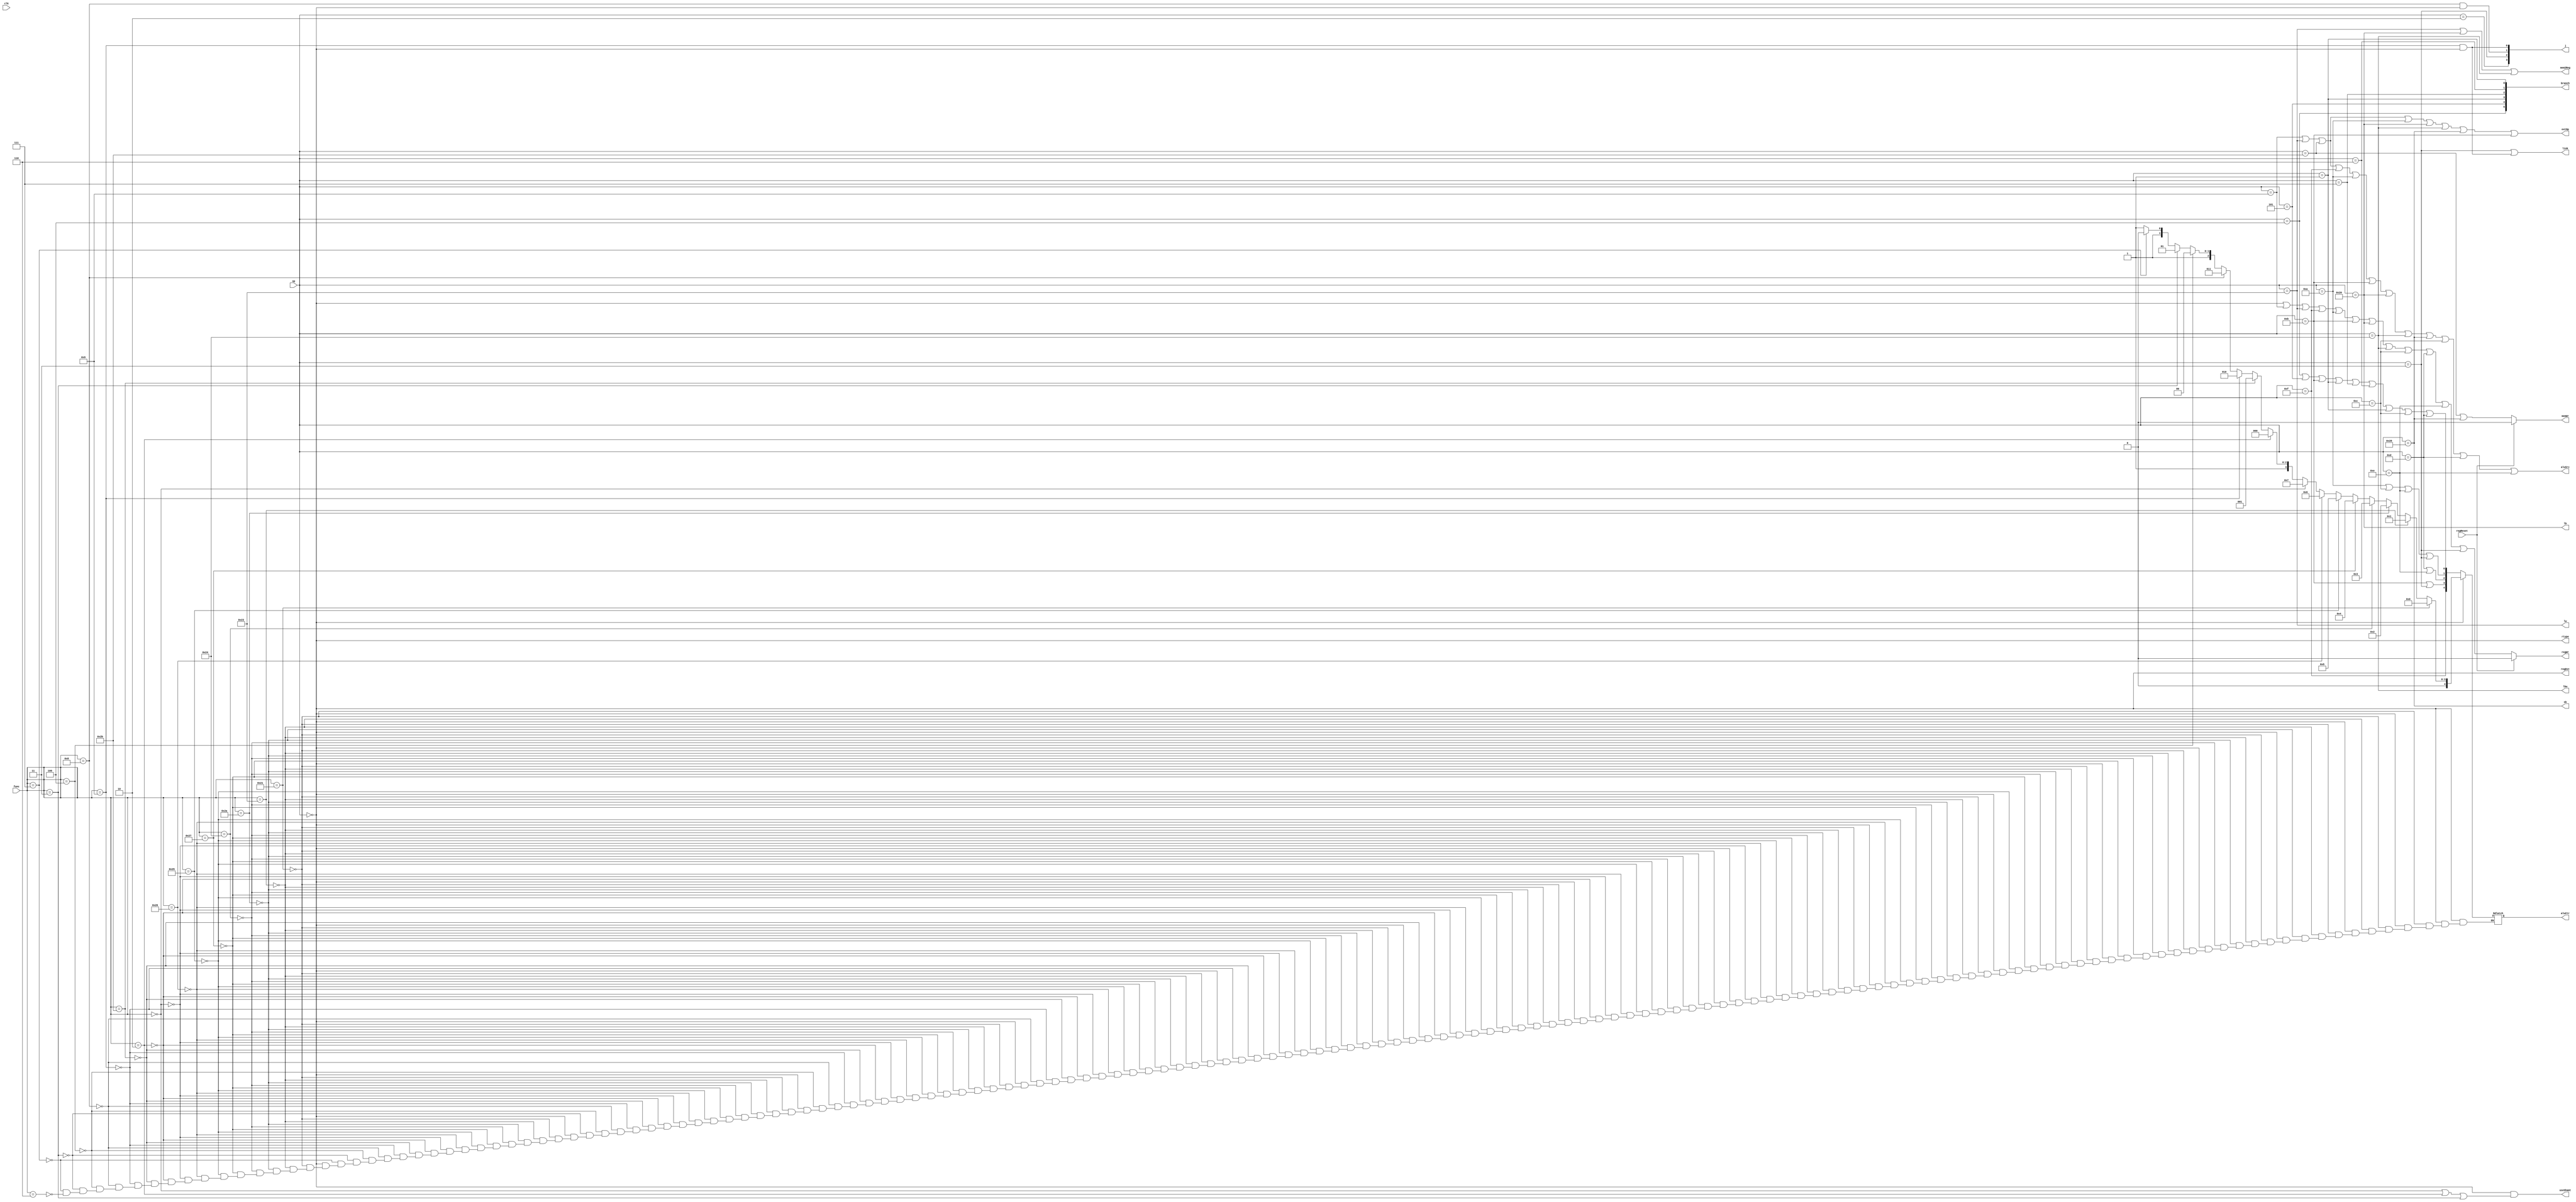
`timescale 1ns / 1ns

module Ctrl_320(
input [5:0] op,
input [5:0] func,
input clk,
input regReset,//if
output [5:0] branch,
output [3:0] j,
output link,//jlink
output lw,
output lb,
output lbu,
output sb,
output useShamt,
output regDst,
output mem2Reg,
output regWr,
output memWr,
output extOp,
output rtype,
output aluSrc,
output reg [4:0] aluCtr
);

//PLARIJ
assign rtype = (op==6'b000000);  
assign useShamt = rtype&&((func==6'b000000)||(func==6'b000010)||(func==6'b000011));

//beq done
wire beq,bne,bgez,bgtz,blez,bltz;
assign beq   = (op==6'b000100); //rt
assign bne   = (op==6'b000101); 
assign bgez  = (op==6'b000001);
assign bgtz  = (op==6'b000111);
assign blez  = (op==6'b000110);
assign bltz  = (op==6'b000001);
assign branch = {beq,bne,bgez,bgtz,blez,bltz};

//jump
assign jump  = (op==6'b000010);
assign jal = (op==6'b000011);
assign jr = (func==6'b001000)&&rtype;
assign jalr = (func==6'b001001)&&rtype;
assign j={jump,jal,jr,jalr};
assign link = jal|jalr;

//
wire addiu,sw,lui,slti,sltiu,andi,oir,xori;
assign addiu=(op==6'b001001);
assign lw=(op==6'b100011);
assign sw=(op==6'b101011);
assign lui=(op==6'b001111);
assign slti=(op==6'b001010);
assign sltiu=(op==6'b001011);
assign lb=(op==6'b100000);
assign lbu=(op==6'b100100);
assign sb=(op==6'b101000);
assign andi=(op==6'b001100);
assign ori=(op==6'b001101);
assign xori=(op==6'b001110);


//
assign regDst = rtype;
assign aluSrc = addiu || lw || sw || lui || slti || sltiu || lb || lbu || sb || andi || ori || xori;
assign mem2Reg = lw || lb || lbu;
assign regWr = regReset? 0 :rtype || addiu || lw || lui || slti || sltiu || lb ||lbu ||andi ||ori || xori || jal;
assign memWr = regReset? 0 :sw || sb;
assign extOp = addiu || lw ||sw || slti || lb || lbu ||sb ||sltiu;

//ALU,IJ 
wire [5:0] aluOp;
assign aluOp[0] = beq || bne || sltiu || bgez ||bgtz ||blez || bltz ||andi ||ori;
assign aluOp[1] = slti || andi || xori || jal;
assign aluOp[2] = ori || xori;
assign aluOp[3] = sltiu || jal;
assign aluOp[4] = lui;

always @(*) begin
	if(rtype) begin //R
		if(func==6'b100001) 	 aluCtr=5'b00000;
		else if(func==6'b100011) aluCtr=5'b00001;
		else if(func==6'b101010) aluCtr=5'b00010;
		else if(func==6'b100100) aluCtr=5'b00011;
		else if(func==6'b100111) aluCtr=5'b00100;
		else if(func==6'b100101) aluCtr=5'b00101;
		else if(func==6'b100110) aluCtr=5'b00110;
		else if(func==6'b000000) aluCtr=5'b00111;
		else if(func==6'b000010) aluCtr=5'b01000;
		else if(func==6'b101011) aluCtr=5'b01001;
		else if(func==6'b001001) aluCtr=5'b01010;
		else if(func==6'b001000) aluCtr=5'b01011;
		else if(func==6'b000100) aluCtr=5'b01100;
		else if(func==6'b000011) aluCtr=5'b01101;
		else if(func==6'b000111) aluCtr=5'b01110;
		else if(func==6'b000110) aluCtr=5'b01111;
		else ;
	end
	else begin
		aluCtr = aluOp;
	end
end

endmodule